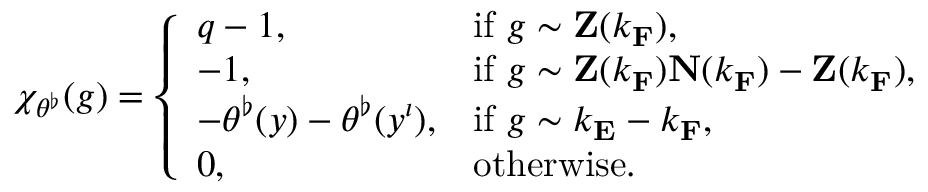
\chi _ { \theta ^ { \flat } } ( g ) = \left\{ \begin{array} { l l } { q - 1 , } & { \mathrm { i f ~ } g \sim \mathbf { Z } ( k _ { \mathbf { F } } ) , } \\ { - 1 , } & { \mathrm { i f ~ } g \sim \mathbf { Z } ( k _ { \mathbf { F } } ) \mathbf { N } ( k _ { \mathbf { F } } ) - \mathbf { Z } ( k _ { \mathbf { F } } ) , } \\ { - \theta ^ { \flat } ( y ) - \theta ^ { \flat } ( y ^ { \iota } ) , } & { \mathrm { i f ~ } g \sim k _ { \mathbf { E } } - k _ { \mathbf { F } } , } \\ { 0 , } & { \mathrm { o t h e r w i s e } . } \end{array} \right.